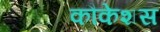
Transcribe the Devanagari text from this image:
कौकेशस